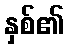
နှစ်၏